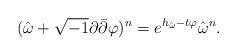
LaTeX: \begin{align*}({\hat\omega}+\sqrt{-1}\partial\bar\partial\varphi)^n=e^{h_{\hat\omega}-t\varphi}{\hat\omega}^n.\end{align*}